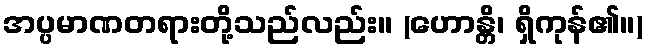
အပ္ပမာဏတရားတို့သည်လည်း။ (ဟောန္တိ၊ ရှိကုန်၏။)